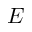
E